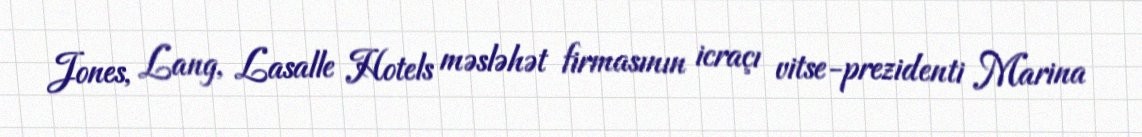
Jones, Lang, Lasalle Hotels məsləhət firmasının icraçı vitse-prezidenti Marina